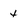
Character: 4